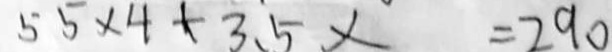
5 5 \times 4 + 3 5 x = 2 9 0